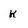
Character: k